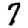
Digit: 7